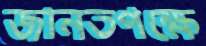
জানতপক্ষে